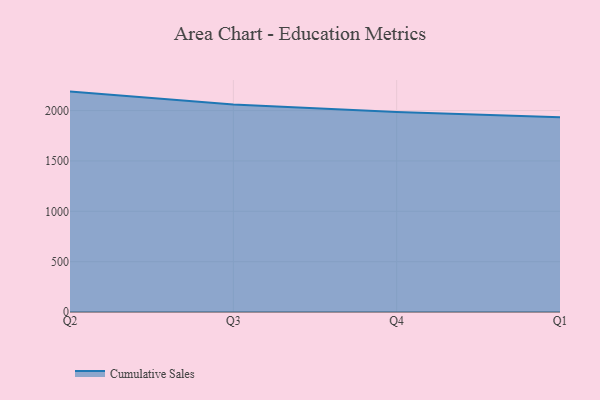
{"axis": {"x": "Quarter", "y": "Conversion Rate (%)"}, "legend": ["Cumulative Sales"], "data": [{"x": "Q2", "y": 2188.6, "type": "Cumulative Sales"}, {"x": "Q3", "y": 2059.3, "type": "Cumulative Sales"}, {"x": "Q4", "y": 1985.1, "type": "Cumulative Sales"}, {"x": "Q1", "y": 1933.8, "type": "Cumulative Sales"}]}